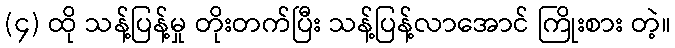
(၄) ထို သန့်ပြန့်မှု တိုးတက်ပြီး သန့်ပြန့်လာအောင် ကြိုးစား တဲ့။